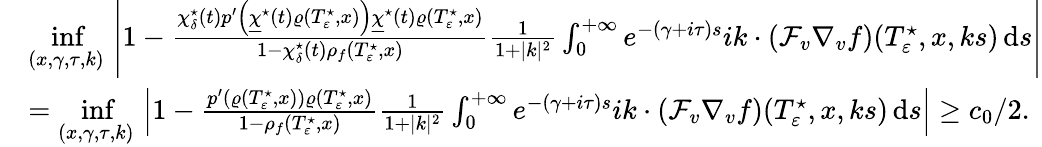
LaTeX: \begin{array}{rl}&{\underset{(x,\gamma,\tau,k)}{\operatorname*{inf}}\, \left\vert 1-\frac{\chi_{\delta}^{\star}(t)p^{\prime}\left(\underline{{\chi}}^{\star}(t)\varrho(T_{\varepsilon}^{\star},x)\right)\underline{{\chi}}^{\star}(t)\varrho(T_{\varepsilon}^{\star},x)}{1-\chi_{\delta}^{\star}(t)\rho_{f}(T_{\varepsilon}^{\star},x)}\frac{1}{1+\vert k\vert^{2}}\int_{0}^{+\infty}e^{-(\gamma+i\tau)s}ik\cdot\left(\mathcal{F}_{v}\nabla_{v}f\right)(T_{\varepsilon}^{\star},x,ks)\, \mathrm{d}s\right\vert}\\ &{=\underset{(x,\gamma,\tau,k)}{\operatorname*{inf}}\, \left\vert 1-\frac{p^{\prime}\left(\varrho(T_{\varepsilon}^{\star},x)\right)\varrho(T_{\varepsilon}^{\star},x)}{1-\rho_{f}(T_{\varepsilon}^{\star},x)}\frac{1}{1+\vert k\vert^{2}}\int_{0}^{+\infty}e^{-(\gamma+i\tau)s}ik\cdot\left(\mathcal{F}_{v}\nabla_{v}f\right)(T_{\varepsilon}^{\star},x,ks)\, \mathrm{d}s\right\vert\geq c_{0}/2.}\end{array}